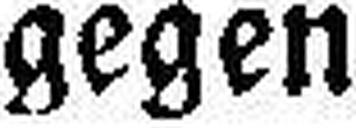
gegen